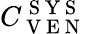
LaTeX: C_{\mathrm{~V~E~N~}}^{\mathrm{~S~Y~S~}}